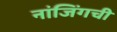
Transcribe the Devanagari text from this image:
नांजिंगची